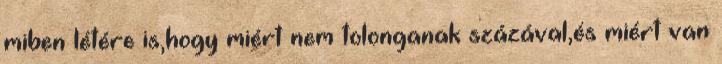
miben létére is,hogy miért nem tolonganak százával,és miért van